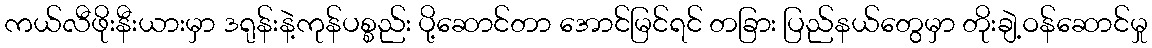
ကယ်လီဖိုးနီးယားမှာ ဒရုန်းနဲ့ကုန်ပစ္စည်း ပို့ဆောင်တာ အောင်မြင်ရင် တခြား ပြည်နယ်တွေမှာ တိုးချဲ့ဝန်ဆောင်မှု